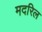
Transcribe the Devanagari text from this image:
मदरिल